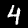
Digit: 4